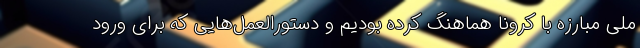
ملی مبارزه با کرونا هماهنگ کرده بودیم و دستورالعمل‌هایی که برای ورود